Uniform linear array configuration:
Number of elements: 24
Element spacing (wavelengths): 1
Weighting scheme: uniform
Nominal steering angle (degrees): -45
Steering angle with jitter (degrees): -46.068
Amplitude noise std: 0.05
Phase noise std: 0.05

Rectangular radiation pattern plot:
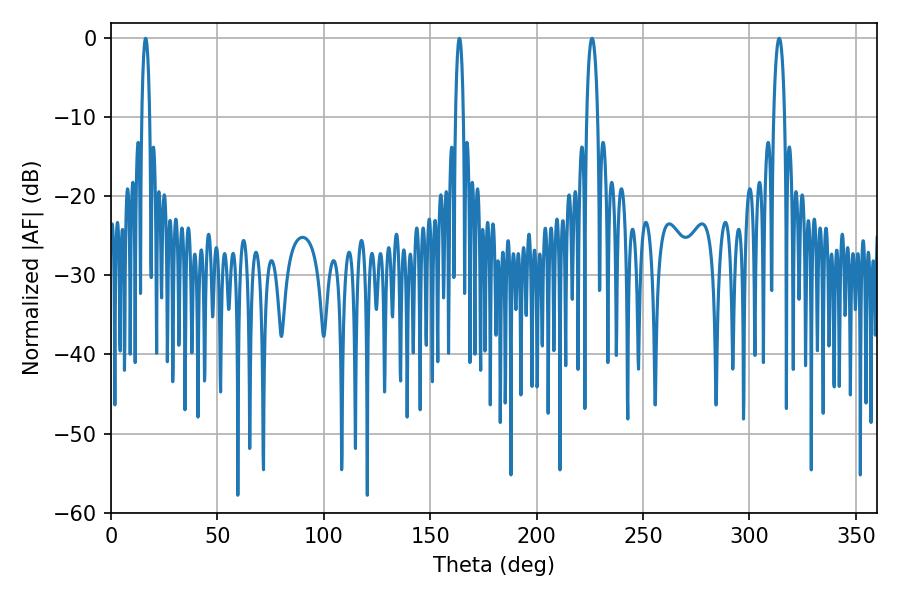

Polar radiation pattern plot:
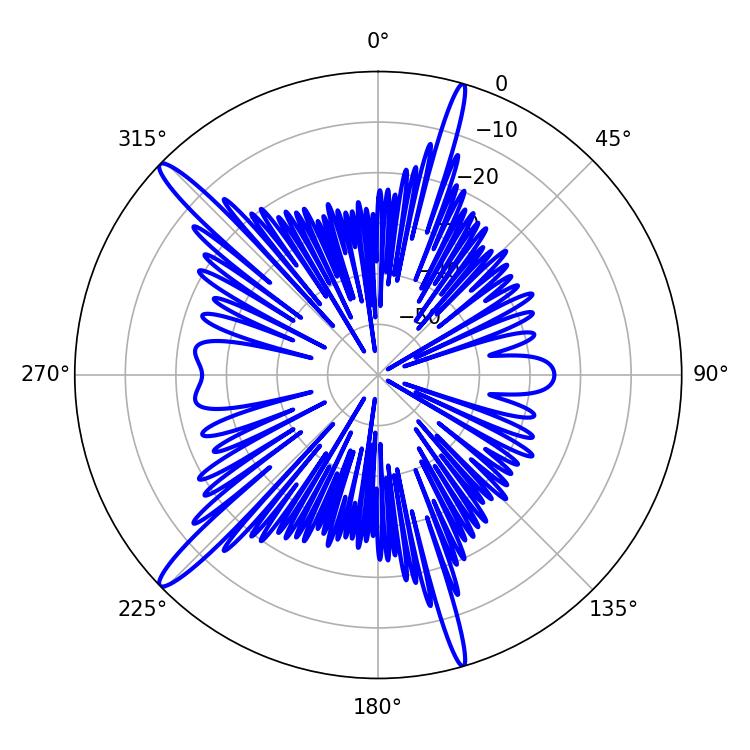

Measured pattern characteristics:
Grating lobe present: TRUE
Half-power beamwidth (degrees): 2.88
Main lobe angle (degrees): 313.92